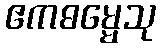
ဧကဓမ္မေသု